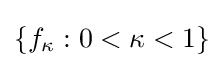
\{f_{\kappa }:0<\kappa <1\}